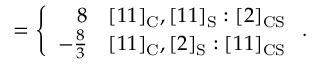
= \left\{ \begin{array} { r r } { { 8 } } & { { [ 1 1 ] _ { \mathrm { C } } , [ 1 1 ] _ { \mathrm { S } } : [ 2 ] _ { \mathrm { C S } } } } \\ { { - { \frac { 8 } { 3 } } } } & { { [ 1 1 ] _ { \mathrm { C } } , [ 2 ] _ { \mathrm { S } } : [ 1 1 ] _ { \mathrm { C S } } } } \end{array} \right. .